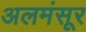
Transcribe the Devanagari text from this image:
अलमंसूर